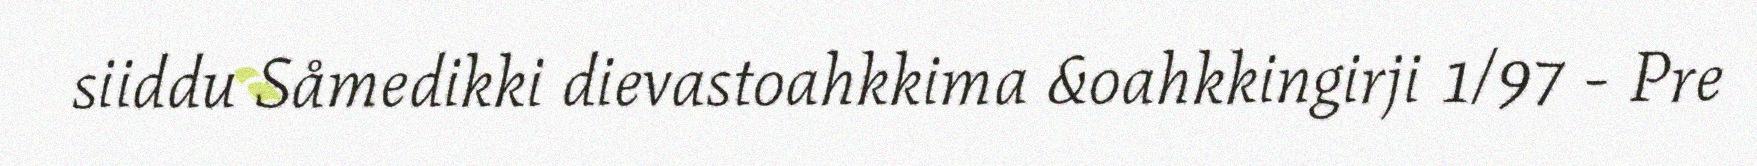
siiddu Såmedikki dievastoahkkima &oahkkingirji 1/97 - Pre